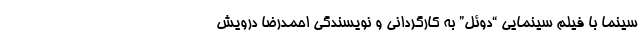
سینما با فیلم سینمایی “دوئل” به کارگردانی و نویسندگی احمدرضا درویش